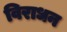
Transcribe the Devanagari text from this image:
विराधन